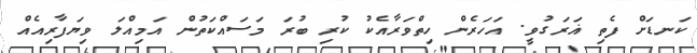
ކަނޑަށް ފެތި ޣަރަގުވީ. އަހަރެން ހިތްވަރާއެކު ކުރި ބުރަ މަސައްކަތުން އަމިއްލަ ވިޔަފާރިއެއް